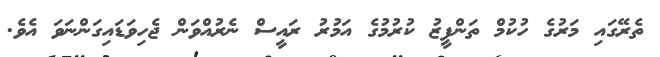
ތެރޭގައި މަރުގެ ހުކުމް ތަންފީޒު ކުރުމުގެ އަމުރު ރައީސް ނެރުއްވަން ޖެހިވަޑައިގަންނަވަ އެވެ.